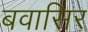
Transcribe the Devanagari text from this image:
बवासिर